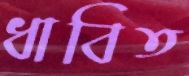
ধাবিত